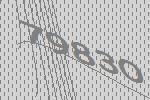
79830